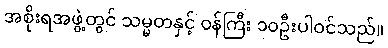
အစိုးရအဖွဲ့တွင် သမ္မတနှင့် ဝန်ကြီး ၁၀ဦးပါဝင်သည်။